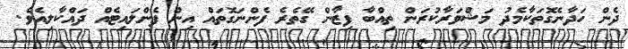
ދެން ހަދާނެގޮތަކާމެދު މަޝްވަރާކުރަން ތިއްބާ ފިޒާން ގޭތެރެ ފެންނަގޮތައް އިން ފެންލައިޓެއް ދައްކާލިއެވެ.